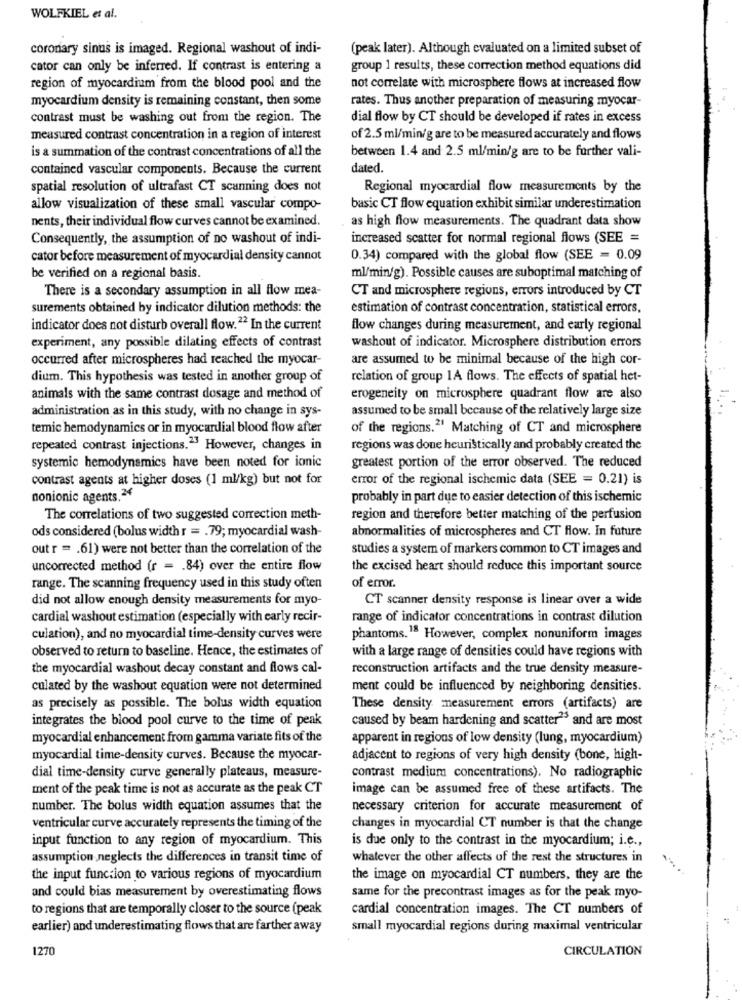
WOLFKIEL et al.
coronary sinus is imaged. Regional washout of indi-
(peak later). Although evaluated on a limited subset of
cator can only be inferred. If contrast is entering a
group 1 results, these correction method equations did
region of myocardium from the blood pool and the
not correlate with microsphere flows at increased flow
myocardium density is remaining constant, then some
rates. Thus another preparation of measuring myocar-
contrast must be washing out from the region. The
dial flow by CT should be developed if rates in excess
measured contrast concentration in a region of interest
of 2.5 ml/min/g are to be measured accurately and flows
is a summation of the contrast concentrations of all the
between 1.4 and 2.5 ml/min/g are to be further vali-
contained vascular components. Because the current
dated.
spatial resolution of ultrafast CT scanning does not
Regional myocardial flow measurements by the
allow visualization of these small vascular compo-
basic CT flow equation exhibit similar underestimation
nents, their individual flow curves cannot be examined.
as high flow measurements. The quadrant data show
Consequently, the assumption of no washout of indi-
increased scatter for normal regional flows (SEE =
cator before measurement of myocardial density cannot
0.34) compared with the global flow (SEE = 0.09
be verified on a regional basis.
ml/min/g). Possible causes are suboptimal matching of
There is a secondary assumption in all flow mea-
CT and microsphere regions, errors introduced by CT
surements obtained by indicator dilution methods: the
estimation of contrast concentration, statistical errors,
indicator does not disturb overall flow.22 In the current
flow changes during measurement, and early regional
washout of indicator. Microsphere distribution errors
experiment, any possible dilating effects of contrast
occurred after microspheres had reached the myocar-
are assumed to be minimal because of the high cor-
dium. This hypothesis was tested in another group of
relation of group 1A flows. The effects of spatial het-
animals with the same contrast dosage and method of
erogeneity on microsphere quadrant flow are also
administration as in this study, with no change in sys-
assumed to be small because of the relatively large size
temic hemodynamics or in myocardial blood flow after
of the regions.2 Matching of CT and microsphere
repeated contrast injections.23 However, changes in
regions was done heuristically and probably created the
systemic hemodynamics have been noted for ionic
greatest portion of the error observed. The reduced
contrast agents at higher doses (1 ml/kg) but not for
error of the regional ischemic data (SEE = 0.21) is
nonionic agents.24
probably in part due to casier detection of this ischemic
The correlations of two suggested correction meth-
region and therefore better matching of the perfusion
ods considered (bolus width r = . 79; myocardial wash-
abnormalities of microspheres and CT flow. In future
out r = . 61) were not better than the correlation of the
studies a system of markers common to CT images and
uncorrected method (r = . 84) over the entire flow
the excised heart should reduce this important source
range. The scanning frequency used in this study often
of error.
did not allow enough density measurements for myo-
CT scanner density response is linear over a wide
cardial washout estimation (especially with early recir-
range of indicator concentrations in contrast dilution
culation), and no myocardial time-density curves were
phantoms.18 However, complex nonuniform images
observed to return to baseline. Hence, the estimates of
with a large range of densities could have regions with
the myocardial washout decay constant and flows cal-
reconstruction artifacts and the true density measure-
culated by the washout equation were not determined
ment could be influenced by neighboring densities.
as precisely as possible. The bolus width equation
These density measurement errors (artifacts) are
integrates the blood pool curve to the time of peak
caused by beam hardening and scatter25 and are most
myocardial enhancement from gamma variate fits of the
apparent in regions of low density (lung, myocardium)
myocardial time-density curves. Because the myocar-
adjacent to regions of very high density (bone, high-
dial time-density curve generally plateaus, measure-
contrast medium concentrations). No radiographic
ment of the peak time is not as accurate as the peak CT
image can be assumed free of these artifacts. The
number. The bolus width equation assumes that the
necessary criterion for accurate measurement of
ventricular curve accurately represents the timing of the
changes in myocardial CT number is that the change
input function to any region of myocardium. This
is due only to the contrast in the myocardium; i.e .,
assumption neglects the differences in transit time of
whatever the other affects of the rest the structures in
the input function to various regions of myocardium
the image on myocardial CT numbers, they are the
and could bias measurement by overestimating flows
same for the precontrast images as for the peak myo-
to regions that are temporally closer to the source (peak
cardial concentration images. The CT numbers of
earlier) and underestimating flows that are farther away
small myocardial regions during maximal ventricular
1270
CIRCULATION